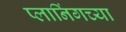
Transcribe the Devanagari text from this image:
प्लानिंगच्या